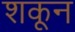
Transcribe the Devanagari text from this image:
शकून